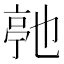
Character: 𬽓